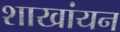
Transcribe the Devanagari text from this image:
शाखांयन